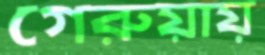
গেরুয়ায়